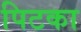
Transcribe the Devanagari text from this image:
पिटका